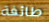
طائفة